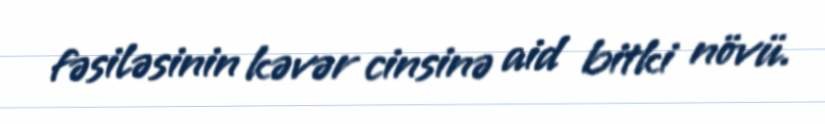
fəsiləsinin kəvər cinsinə aid bitki növü.